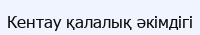
Кентау қалалық әкімдігі